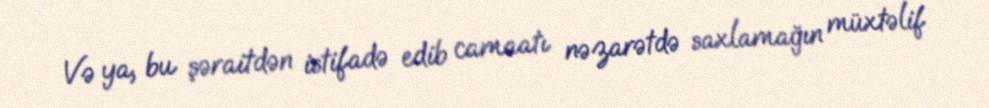
Və ya, bu şəraitdən istifadə edib camaatı nəzarətdə saxlamağın müxtəlif